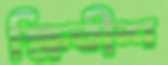
ক্ষিতীশ